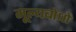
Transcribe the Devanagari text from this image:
मूल्यबोधों